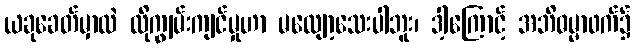
ယခုခေတ်မှာလဲ ထိုကျွမ်းကျင်မှုဟာ မလျော့သေးပါဘူး၊ ဒါ့ကြောင့် အဘိဓမ္မာဖက်၌